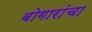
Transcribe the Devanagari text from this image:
बोगारांचा